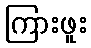
ကြားဖူး